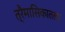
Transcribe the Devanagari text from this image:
त्रैमासिकातला